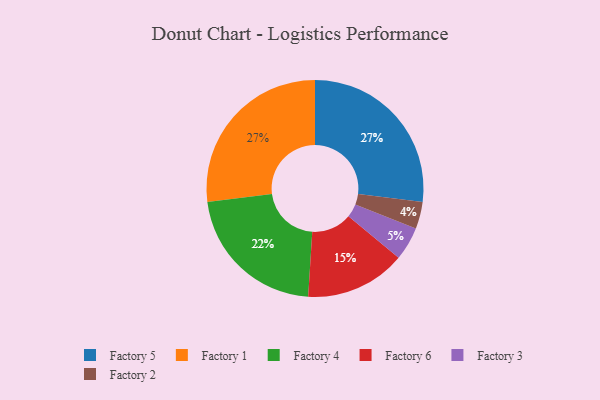
{"axis": {"x": "Category", "y": "Percentage"}, "legend": ["Factory 1", "Factory 2", "Factory 3", "Factory 4", "Factory 5", "Factory 6"], "data": [{"x": "Factory 2", "y": 4, "type": "Factory 2"}, {"x": "Factory 6", "y": 15, "type": "Factory 6"}, {"x": "Factory 4", "y": 22, "type": "Factory 4"}, {"x": "Factory 5", "y": 27, "type": "Factory 5"}, {"x": "Factory 1", "y": 27, "type": "Factory 1"}, {"x": "Factory 3", "y": 5, "type": "Factory 3"}]}